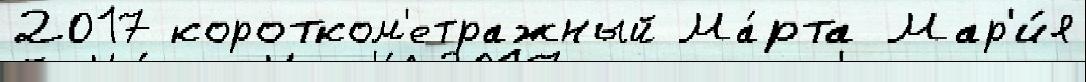
2017 коротком'етражный Ма́рта Мар'и́я